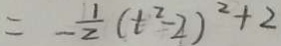
= - \frac { 1 } { 2 } ( t ^ { 2 } - 2 ) ^ { 2 } + 2